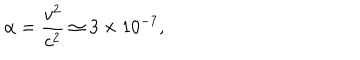
\alpha = \frac { v ^ { 2 } } { c ^ { 2 } } \simeq 3 \times 1 0 ^ { - 7 } ,